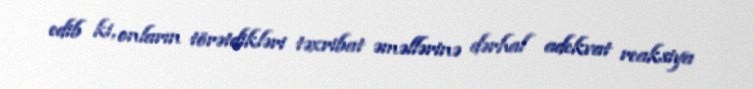
edib ki, onların törətdikləri təxribat əməllərinə dərhal adekvat reaksiya